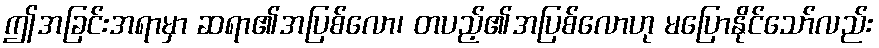
ဤအခြင်းအရာမှာ ဆရာ၏အပြစ်လော၊ တပည့်၏အပြစ်လောဟု မပြောနိုင်သော်လည်း